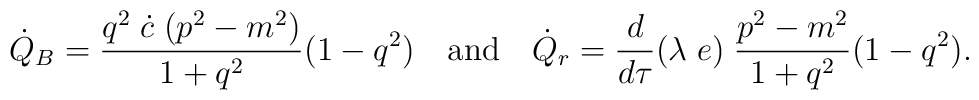
\dot Q_{B} = \frac{q^2\;\dot c\; (p^2 - m^2)}{1 + q^2} (1 - q^2)\quad \mbox{and} \quad\dot Q_{r} = \frac{d}{d\tau}(\lambda\;e)\;\frac{p^2-m^2}{1+q^2} (1-q^2).